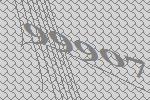
99907